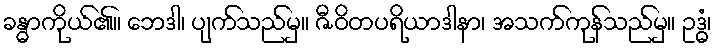
ခန္ဓာကိုယ်၏။ ဘေဒါ၊ ပျက်သည်မှ။ ဇီဝိတပရိယာဒါနာ၊ အသက်ကုန်သည်မှ။ ဥဒ္ဓံ၊